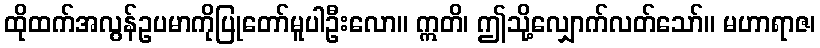
ထိုထက်အလွန်ဥပမာကိုပြုတော်မူပါဦးလော။ ဣတိ၊ ဤသို့လျှောက်လတ်သော်။ မဟာရာဇ၊